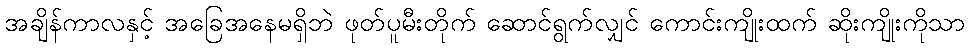
အချိန်ကာလနှင့် အခြေအနေမရှိဘဲ ဖုတ်ပူမီးတိုက် ဆောင်ရွက်လျှင် ကောင်းကျိုးထက် ဆိုးကျိုးကိုသာ